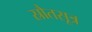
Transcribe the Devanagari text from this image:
स्रौतसूत्र